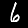
Label: 6